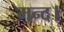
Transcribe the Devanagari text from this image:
मन्द।